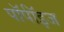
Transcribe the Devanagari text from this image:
पॉर्पॉइज